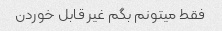
فقط میتونم بگم غیر قابل خوردن